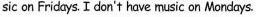
sic on Fridays. I don't have music on Mondays.